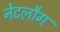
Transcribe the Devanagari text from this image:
नेटलौग